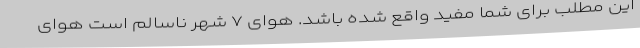
این مطلب برای شما مفید واقع شده باشد. هوای ۷ شهر ناسالم است هوای